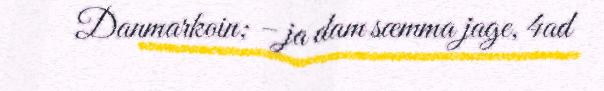
Danmarkoin; – ja dam sæmma jage, 4ad